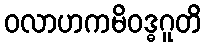
ဝလာဟကမိဝဒ္ဓဂူတိ